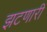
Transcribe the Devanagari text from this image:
झटणारी